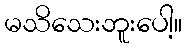
မသိသေးဘူးပေါ့။